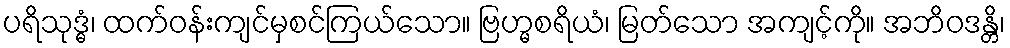
ပရိသုဒ္ဓံ၊ ထက်ဝန်းကျင်မှစင်ကြယ်သော။ ဗြဟ္မစရိယံ၊ မြတ်သော အကျင့်ကို။ အဘိဝဒန္တိ၊